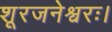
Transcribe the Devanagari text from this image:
शूरजनेश्वरः।